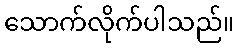
သောက်လိုက်ပါသည်။